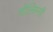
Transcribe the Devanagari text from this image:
चीलिस्सी